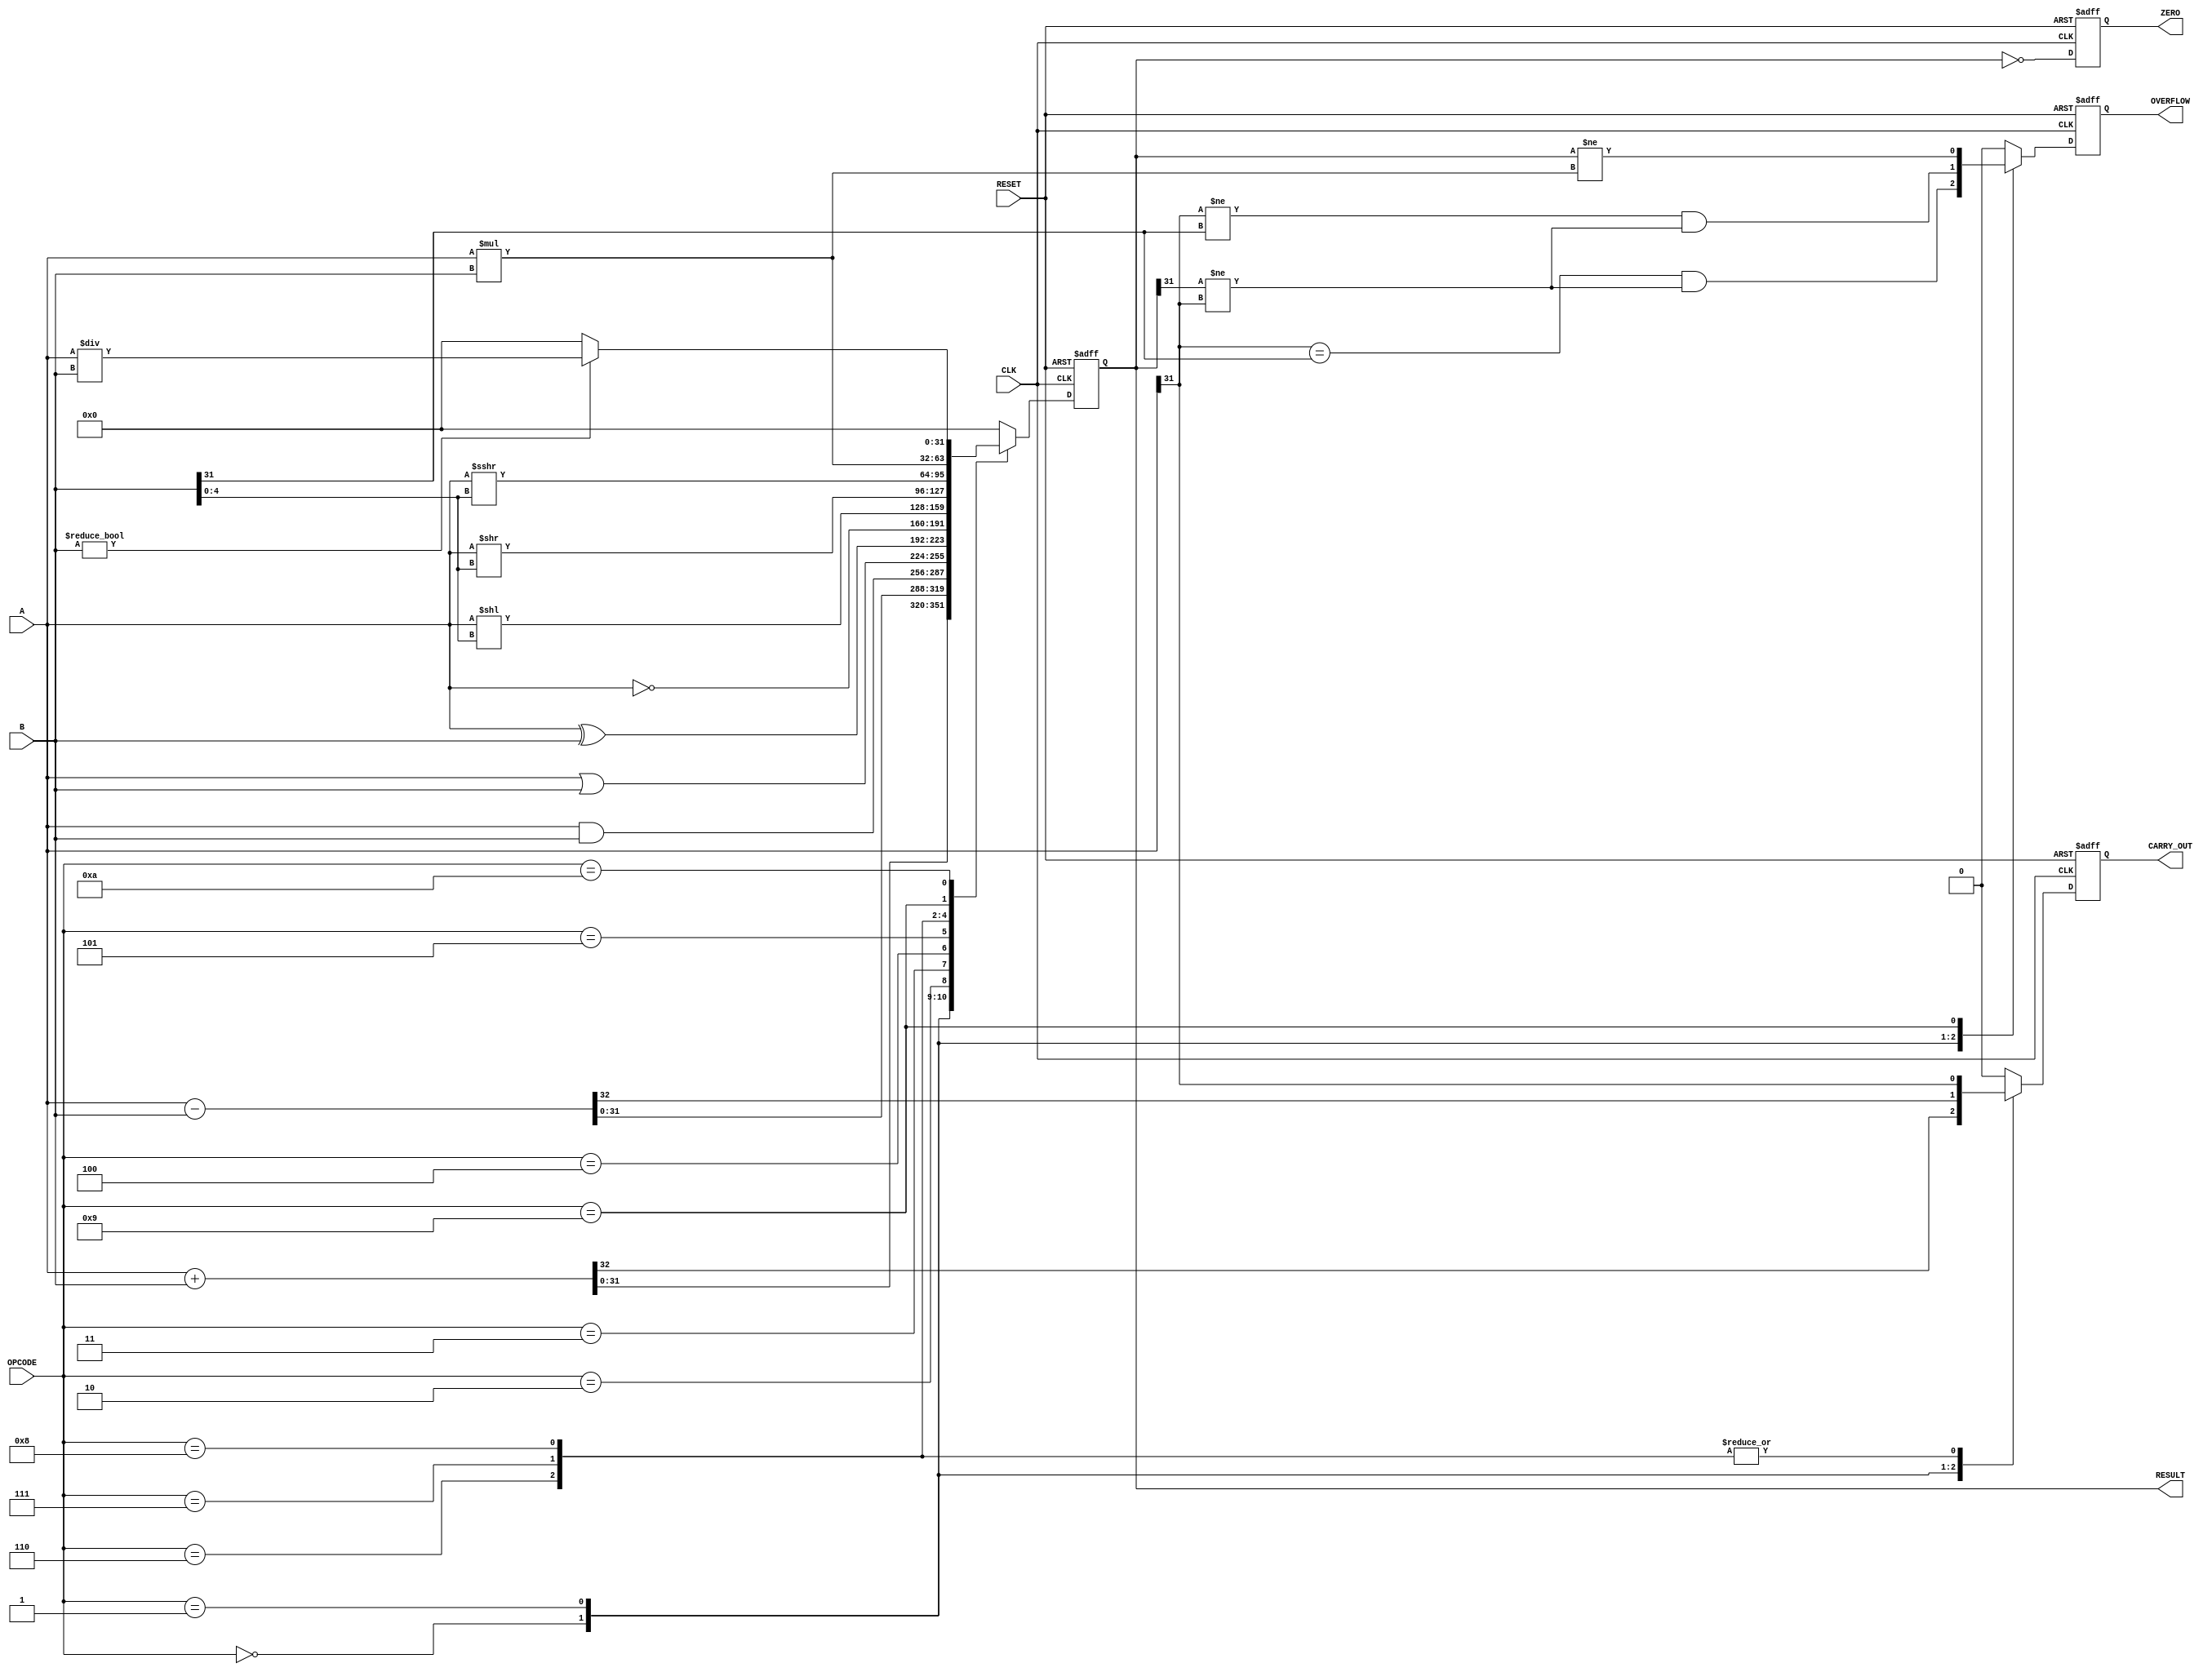
module parameterized_ALU #(
    parameter DATA_WIDTH = 32 // You can change the width here
)(
    input  wire [DATA_WIDTH-1:0] A,        // First operand
    input  wire [DATA_WIDTH-1:0] B,        // Second operand
    input  wire [3:0] OPCODE,               // Operation code
    input  wire CLK,                        // Clock signal
    input  wire RESET,                      // Asynchronous reset
    
    output reg  [DATA_WIDTH-1:0] RESULT,   // Result of the operation
    output reg  ZERO,                       // Zero flag
    output reg  OVERFLOW,                   // Overflow flag
    output reg  CARRY_OUT                   // Carry out flag
);

// Define operation codes
localparam ADD     = 4'b0000;
localparam SUB     = 4'b0001;
localparam AND     = 4'b0010;
localparam OR      = 4'b0011;
localparam XOR     = 4'b0100;
localparam NOT     = 4'b0101;
localparam SLL     = 4'b0110; // Shift Left Logical
localparam SRL     = 4'b0111; // Shift Right Logical
localparam SRA     = 4'b1000; // Shift Right Arithmetic
localparam MUL     = 4'b1001;
localparam DIV     = 4'b1010;

always @(posedge CLK or posedge RESET) begin
    if (RESET) begin
        RESULT    <= 0;
        ZERO      <= 0;
        OVERFLOW  <= 0;
        CARRY_OUT <= 0;
    end else begin
        case (OPCODE)
            ADD: begin
                {CARRY_OUT, RESULT} <= A + B;
                OVERFLOW <= (A[DATA_WIDTH-1] == B[DATA_WIDTH-1]) && (RESULT[DATA_WIDTH-1] != A[DATA_WIDTH-1]);
            end
            
            SUB: begin
                {CARRY_OUT, RESULT} <= A - B;
                OVERFLOW <= (A[DATA_WIDTH-1] != B[DATA_WIDTH-1]) && (RESULT[DATA_WIDTH-1] != A[DATA_WIDTH-1]);
            end
            
            AND: begin
                RESULT <= A & B;
                OVERFLOW <= 0;
                CARRY_OUT <= 0;
            end
            
            OR: begin
                RESULT <= A | B;
                OVERFLOW <= 0;
                CARRY_OUT <= 0;
            end
            
            XOR: begin
                RESULT <= A ^ B;
                OVERFLOW <= 0;
                CARRY_OUT <= 0;
            end
            
            NOT: begin
                RESULT <= ~A; // Only A is used
                OVERFLOW <= 0;
                CARRY_OUT <= 0;
            end
            
            SLL: begin
                RESULT <= A << B[4:0]; // Shift amount is limited to 5 bits
                OVERFLOW <= 0;
                CARRY_OUT <= A[DATA_WIDTH-1]; // MSB before shift
            end
            
            SRL: begin
                RESULT <= A >> B[4:0];
                OVERFLOW <= 0;
                CARRY_OUT <= A[DATA_WIDTH-1]; // MSB before shift
            end
            
            SRA: begin
                RESULT <= A >>> B[4:0];
                OVERFLOW <= 0;
                CARRY_OUT <= A[DATA_WIDTH-1]; // MSB before shift
            end
            
            MUL: begin
                RESULT <= A * B; // Note: This may exceed DATA_WIDTH
                OVERFLOW <= (RESULT != (A * B));
                CARRY_OUT <= 0; // For multiplication, CARRY_OUT does not apply
            end
            
            DIV: begin
                if (B != 0) begin
                    RESULT <= A / B;
                end else begin
                    RESULT <= 0; // Division by zero defined behavior
                end
                OVERFLOW <= 0;
                CARRY_OUT <= 0; // Not applicable
            end
            
            default: begin
                RESULT <= 0;
                OVERFLOW <= 0;
                CARRY_OUT <= 0;
            end
        endcase
        
        // Update ZERO flag
        ZERO <= (RESULT == 0);
    end
end

endmodule